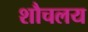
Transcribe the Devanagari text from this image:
शौचलय